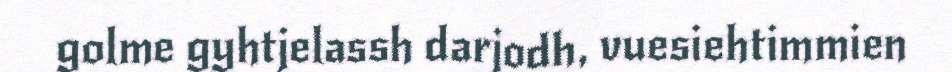
golme gyhtjelassh darjodh, vuesiehtimmien